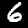
Digit: 6